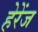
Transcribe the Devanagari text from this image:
हेरेंज